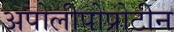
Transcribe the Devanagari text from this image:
अपोलीपोप्रोटीन